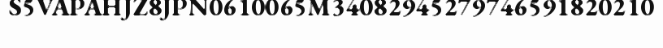
S5VAPAHJZ8JPN0610065M34082945279746591820210